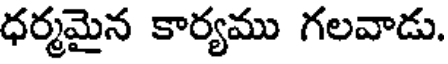
ధర్మమైన కార్యము గలవాడు.